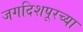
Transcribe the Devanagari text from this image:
जगदिशपूरच्या